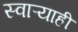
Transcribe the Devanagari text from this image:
स्वाऱ्याही